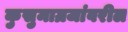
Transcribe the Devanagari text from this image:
कुसुमाग्रजांवरील